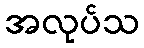
အလုပ်သ